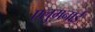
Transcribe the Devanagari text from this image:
एलुमनाई